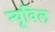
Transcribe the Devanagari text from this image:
न्यूविल